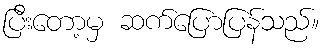
ပြီးတော့မှ ဆက်ပြောပြန်သည်။